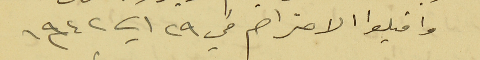
واقبلوا الاحترام في ٢٩ اب سنة ١٩٤٢